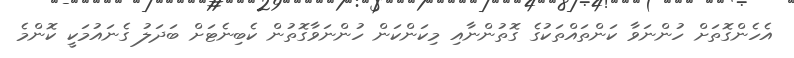
އެހެންގޮތަށް ހުންނަވާ ކަންތައްތަކުގެ ގޮތުންނާއި މިކަންކަން ހުންނަވާގޮތުން ކެބިނެޓަށް ބަދަލު ގެނައުމަކީ ކޮންމެ